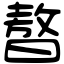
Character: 𣊁